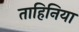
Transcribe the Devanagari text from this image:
ताहिनिया